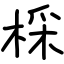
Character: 棌